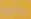
عالقا